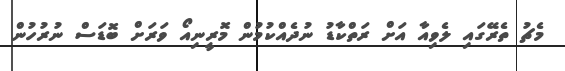
މެޗު ތެރޭގައި ލެވިއާ އަށް ރަތްކާޑު ނުދެއްކުމުން މޮރީނިއޯ ވަރަށް ބޮޑަސް ނުރުހުން